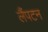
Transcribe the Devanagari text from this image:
लैंपटन